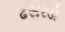
ઢસરડો